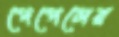
পেপেলের